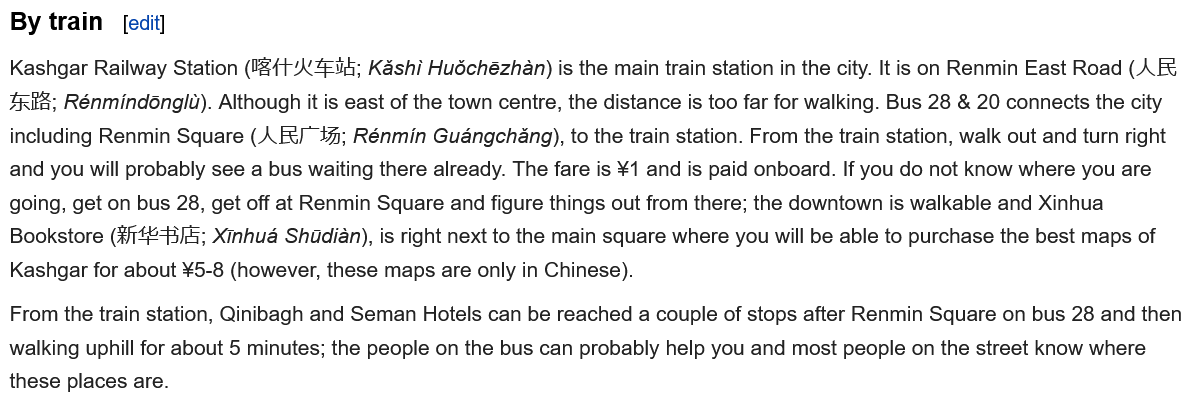
By train
  Kashgar Railway Station (H&{T/X2Eu8; Kashi Hudchézhan) is the main train station in the city. It is on Renmin East Road (AE
  RIB; Rénmindonglu). Although it is east of the town centre, the distance is too far for walking. Bus 28 & 20 connects the city
  including Renmin Square (AI 4%; Rénmin Gudngchdang), to the train station. From the train station, walk out and turn right
  and you will probably see a bus waiting there already. The fare is ¥1 and is paid onboard. If you do not know where you are
  going, get on bus 28, get off at Renmin Square and figure things out from there; the downtown is walkable and Xinhua
  Bookstore (#14243); Xinhudé Shadian), is right next to the main square where you will be able to purchase the best maps of
  Kashgar for about ¥5-8 (however, these maps are only in Chinese).
  From the train station, Qinibagh and Seman Hotels can be reached a couple of stops after Renmin Square on bus 28 and then
  walking uphill for about 5 minutes; the people on the bus can probably help you and most people on the street know where
  these places are.
     edit]